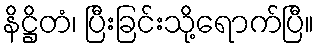
နိဋ္ဌိတံ၊ ပြီးခြင်းသို့ရောက်ပြီ။